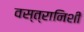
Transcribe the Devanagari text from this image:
वस्त्रानिशी